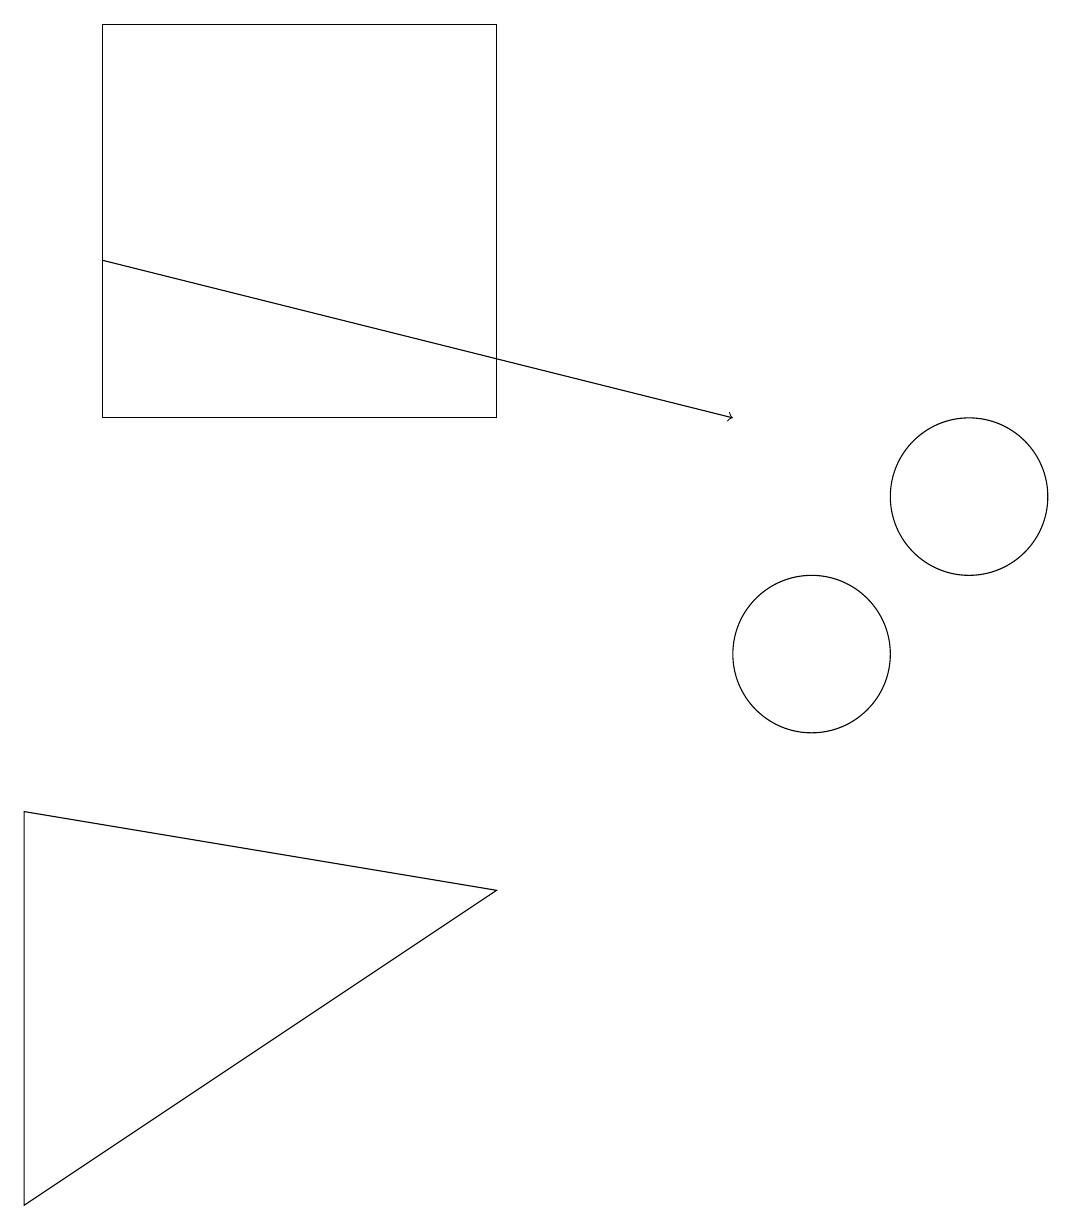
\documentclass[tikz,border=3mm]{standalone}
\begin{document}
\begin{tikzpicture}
\draw (12,12) circle (1);
\draw (10,10) circle (1);
\draw[->] (1,15) -- (9,13);
\draw (6,7) -- (0,8) -- (0,3) -- cycle;
\draw (6,13) rectangle (1,18);
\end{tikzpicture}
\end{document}